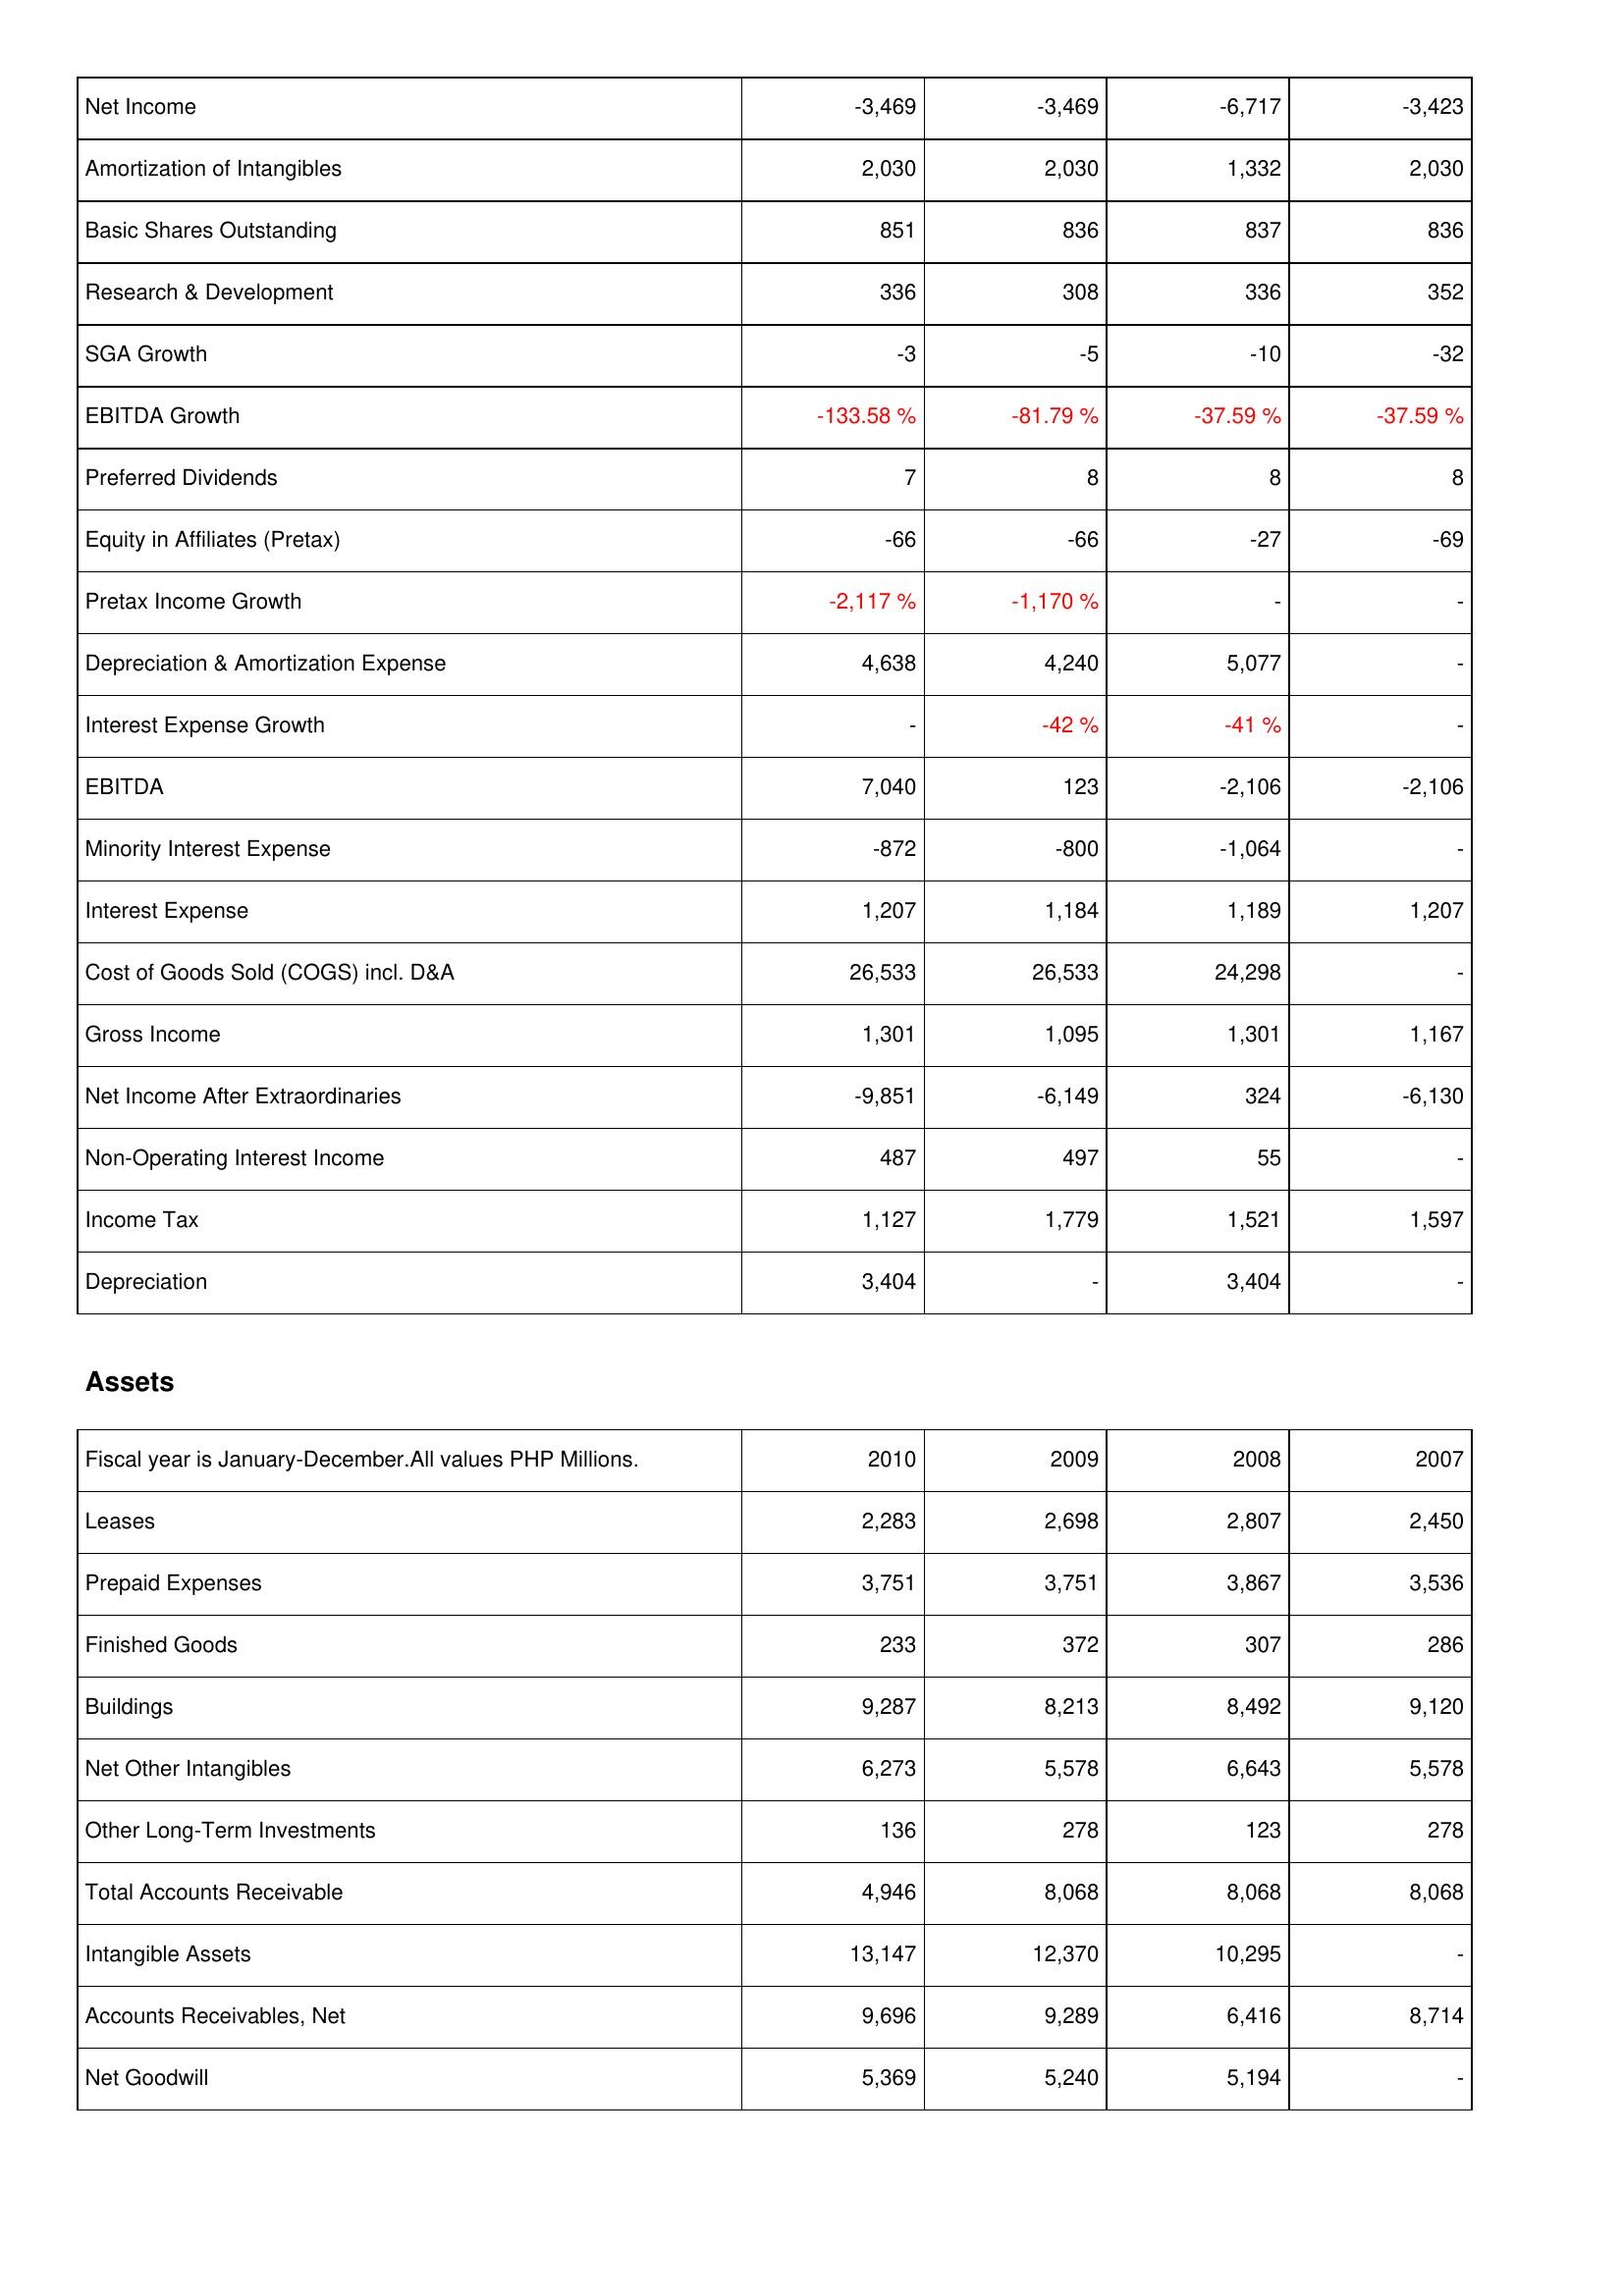
2010: Income Statement: Net Income: -3,469
Amortization of Intangibles: 2,030
Basic Shares Outstanding: 851
Research & Development: 336
SGA Growth: -3
EBITDA Growth: -133.58 %
Preferred Dividends: 7
Equity in Affiliates (Pretax): -66
Pretax Income Growth: -2,117 %
Depreciation & Amortization Expense: 4,638
Interest Expense Growth: -
EBITDA: 7,040
Minority Interest Expense: -872
Interest Expense: 1,207
Cost of Goods Sold (COGS) incl. D&A: 26,533
Gross Income: 1,301
Net Income After Extraordinaries: -9,851
Non-Operating Interest Income: 487
Income Tax: 1,127
Depreciation: 3,404
Assets: Leases: 2,283
Prepaid Expenses: 3,751
Finished Goods: 233
Buildings: 9,287
Net Other Intangibles: 6,273
Other Long-Term Investments: 136
Total Accounts Receivable: 4,946
Intangible Assets: 13,147
Accounts Receivables, Net: 9,696
Net Goodwill: 5,369
2009: Income Statement: Net Income: -3,469
Amortization of Intangibles: 2,030
Basic Shares Outstanding: 836
Research & Development: 308
SGA Growth: -5
EBITDA Growth: -81.79 %
Preferred Dividends: 8
Equity in Affiliates (Pretax): -66
Pretax Income Growth: -1,170 %
Depreciation & Amortization Expense: 4,240
Interest Expense Growth: -42 %
EBITDA: 123
Minority Interest Expense: -800
Interest Expense: 1,184
Cost of Goods Sold (COGS) incl. D&A: 26,533
Gross Income: 1,095
Net Income After Extraordinaries: -6,149
Non-Operating Interest Income: 497
Income Tax: 1,779
Depreciation: -
Assets: Leases: 2,698
Prepaid Expenses: 3,751
Finished Goods: 372
Buildings: 8,213
Net Other Intangibles: 5,578
Other Long-Term Investments: 278
Total Accounts Receivable: 8,068
Intangible Assets: 12,370
Accounts Receivables, Net: 9,289
Net Goodwill: 5,240
2008: Income Statement: Net Income: -6,717
Amortization of Intangibles: 1,332
Basic Shares Outstanding: 837
Research & Development: 336
SGA Growth: -10
EBITDA Growth: -37.59 %
Preferred Dividends: 8
Equity in Affiliates (Pretax): -27
Pretax Income Growth: -
Depreciation & Amortization Expense: 5,077
Interest Expense Growth: -41 %
EBITDA: -2,106
Minority Interest Expense: -1,064
Interest Expense: 1,189
Cost of Goods Sold (COGS) incl. D&A: 24,298
Gross Income: 1,301
Net Income After Extraordinaries: 324
Non-Operating Interest Income: 55
Income Tax: 1,521
Depreciation: 3,404
Assets: Leases: 2,807
Prepaid Expenses: 3,867
Finished Goods: 307
Buildings: 8,492
Net Other Intangibles: 6,643
Other Long-Term Investments: 123
Total Accounts Receivable: 8,068
Intangible Assets: 10,295
Accounts Receivables, Net: 6,416
Net Goodwill: 5,194
2007: Income Statement: Net Income: -3,423
Amortization of Intangibles: 2,030
Basic Shares Outstanding: 836
Research & Development: 352
SGA Growth: -32
EBITDA Growth: -37.59 %
Preferred Dividends: 8
Equity in Affiliates (Pretax): -69
Pretax Income Growth: -
Depreciation & Amortization Expense: -
Interest Expense Growth: -
EBITDA: -2,106
Minority Interest Expense: -
Interest Expense: 1,207
Cost of Goods Sold (COGS) incl. D&A: -
Gross Income: 1,167
Net Income After Extraordinaries: -6,130
Non-Operating Interest Income: -
Income Tax: 1,597
Depreciation: -
Assets: Leases: 2,450
Prepaid Expenses: 3,536
Finished Goods: 286
Buildings: 9,120
Net Other Intangibles: 5,578
Other Long-Term Investments: 278
Total Accounts Receivable: 8,068
Intangible Assets: -
Accounts Receivables, Net: 8,714
Net Goodwill: -